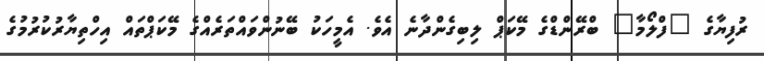
ރުފިޔާގެ "ފްލޯމާ" ބްރޭންޑްގެ މޭކަޕް ލިބިގެންދާނެ އެވެ. އެމީހަކު ބޭނުންވައްތަރެއްގެ މޭކަޕްތައް އިހްތިޔާރުކުރުމުގެ